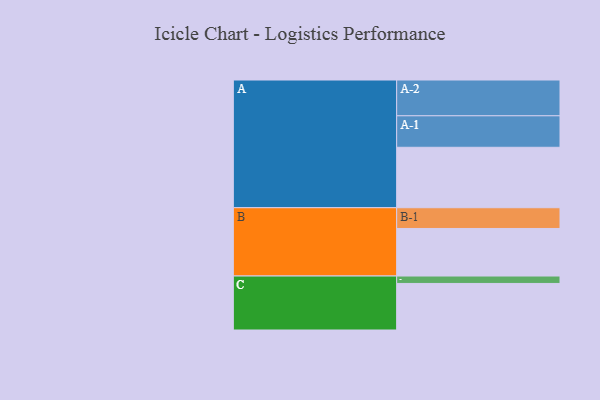
{"axis": {"x": "Segment", "y": "Value"}, "legend": ["", "A", "B", "C"], "data": [{"x": "A", "y": 422, "type": ""}, {"x": "B", "y": 332, "type": ""}, {"x": "C", "y": 325, "type": ""}, {"x": "A-1", "y": 220, "type": "A"}, {"x": "A-2", "y": 250, "type": "A"}, {"x": "B-1", "y": 145, "type": "B"}, {"x": "C-1", "y": 52, "type": "C"}]}